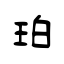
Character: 珀